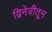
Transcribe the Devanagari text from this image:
द्विनेत्रीतून